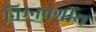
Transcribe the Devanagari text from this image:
निम्‍नवर्गीय